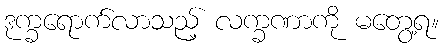
ဒုက္ခရောက်လာသည့် လက္ခဏာကို မတွေ့ရ။